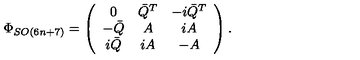
\Phi _ { S O ( 6 n + 7 ) } = \left( \begin{array} { c c c } { 0 } & { \bar { Q } ^ { T } } & { - i \bar { Q } ^ { T } } \\ { - \bar { Q } } & { A } & { i A } \\ { i \bar { Q } } & { i A } & { - A } \\ \end{array} \right) .